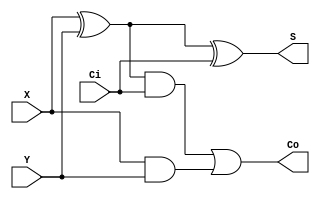
module fulladder(X, Y, Ci, S, Co);
  input X, Y, Ci;
  output S, Co;
  wire w1,w2,w3;
  //Structural code for one bit full adder
  xor G1(w1, X, Y);
  xor G2(S, w1, Ci);
  and G3(w2, w1, Ci);
  and G4(w3, X, Y);
  or G5(Co, w2, w3);
endmodule